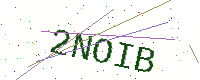
Text: 2NOIB